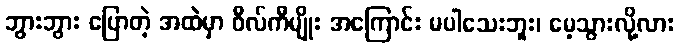
ဘွားဘွား ပြောတဲ့ အထဲမှာ ဝီလ်ကီမျိုး အကြောင်း မပါသေးဘူး၊ မေ့သွားလို့လား